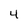
Character: 4